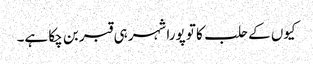
کیوں کے حلب کا تو پورا شہر ہی قبر بن چکا ہے۔